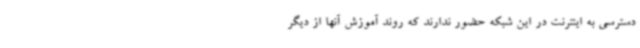
دسترسی به اینترنت در این شبکه حضور ندارند که روند آموزش آنها از دیگر